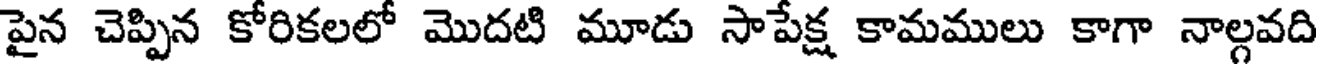
పైన చెప్పిన కోరికలలో మొదటి మూడు సాపేక్ష కామములు కాగా నాల్గవది